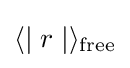
\langle \mid r\mid \rangle _{\text{free}}